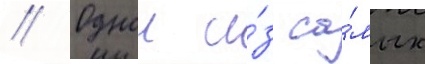
// Однои и́з са́мых